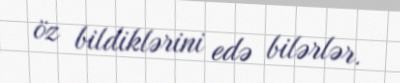
öz bildiklərini edə bilərlər.